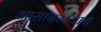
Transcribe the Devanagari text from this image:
आसादरम्यान